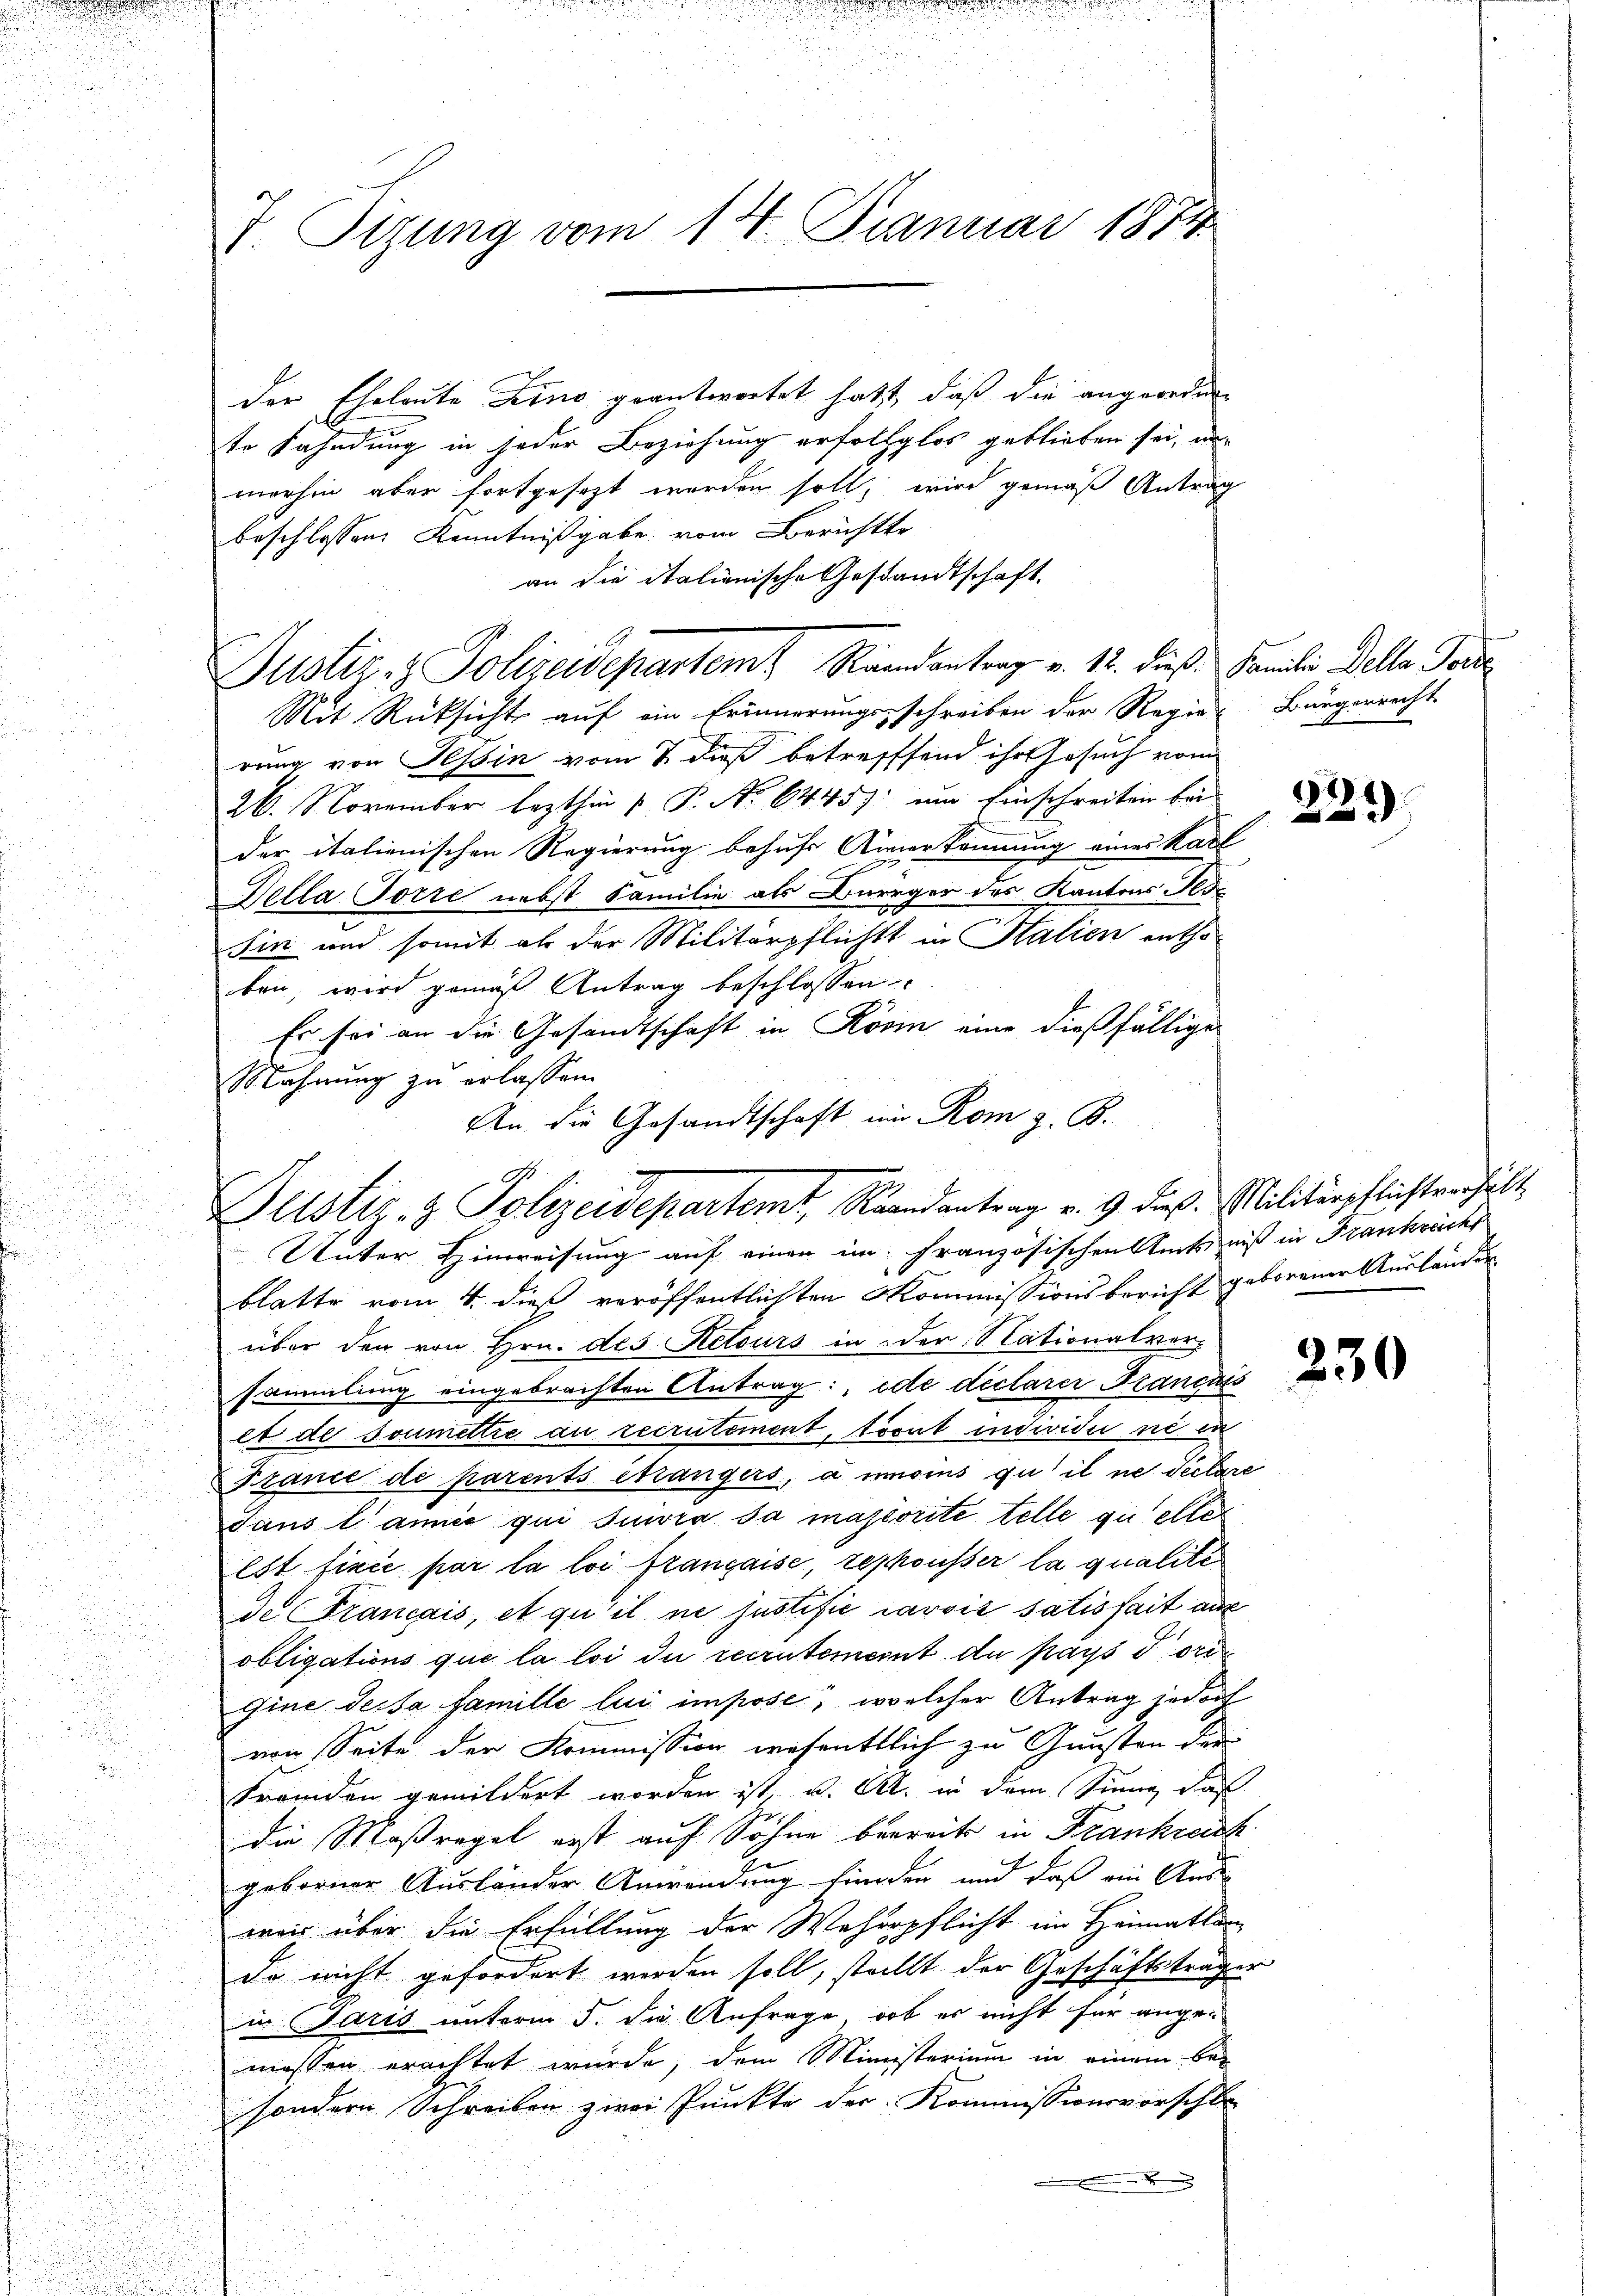
J. Sizung vom 14. Januar 1874

Justiz & Polizeidepartem Randantrag v. 12. dieß. Familie Delle Pare

der Eheleute Lino geantwortet hatt, daß die angeordnete Fahndung in jeder Beziehung erfolglos geblieben sei, un
merhin aber fortgesezt worden soll, wird gemäß Antrag
beschlossen: Kenntnißgabe vom Berichtte
an die Italienische Gestandtschaft.
Mit Rücksicht auf ein Erinnerungsschreiben der Regier Bürgerrecht
rung von Tessin vom 2 dieß betreffend ihr Gesuch vom
26. November lezthin  P. Nr. 6445). um Einschreiten bei
der italienischen Regierung behufs Anerkennung eines Karl
Della Torre nebst Familie als Bürger des Kantons Tes
Sin und somit als der Militärpflichtt in Salien entho-
ben, wird gemäß Antrag beschlossen:
Es sei an die Gesandtschaft in Kösin eine dießfällige
Mahnung zu erlassen.
An die Gesandtschaft ein Rom z. B.

O
Justiz- & Polizeidepartemt, Raandantrag v. 9. dieß. Militärpflichtverhält
Unter Hinweisung auf einen im französischen Amtsniß in Frankrech

blatte vom 4. dieß veröffentlichten Kommissionsbericht geborener Ausländer
über den von Hrn. des Retours in der Nationalvorsammlung eingebrachten Antrag: ide dictarer Français
et de soumettre au recrutement, tront individu nie in
France de parents étrangers, à moins qu’ il ne Seelare
dans l’année qui suivra sa majorité telle queller
Est firce par la loi française, repousser la qualite
de Français, et qu’il ne justific iarvić satisfait auc
obligations que la loi die recrutement du pays dori
gine des sa famille lui impose, welcher Antrag jedoch
von Seite der Kommission wesentlich zu Gunsten der
Fremden gemildert worden ist. v. M. in dem Sinne, das
die Maßregel erst auf Sohne bereits in Frankreich
geborner Ausländer Anwendung finden und daß ein Ande
wair über die Erfüllung der Wahrspflicht im Heimatlan
de nicht gefordert werden soll, stellt der Geschäftsträger
in Paris unterm 5. die Anfrage, ob es nicht für angemessen erachtet wurde, dem Ministerium in einem besondern Schreiben zwei Punkte der Kommissionsvorschl
x

97)
2

230